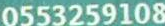
0553259108